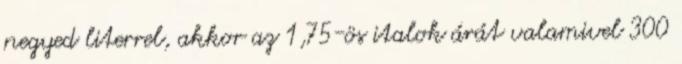
negyed literrel, akkor az 1,75-ös italok árát valamivel 300